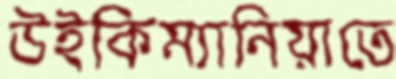
উইকিম্যানিয়াতে